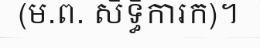
(ម.ព. សិទ្ធិការក)។